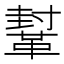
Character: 鞤